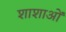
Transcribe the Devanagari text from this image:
शाशाओं